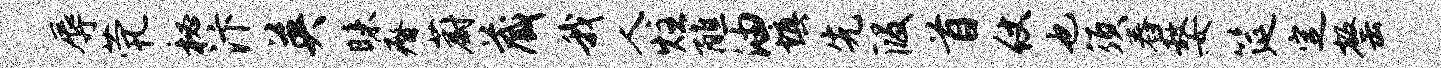
辱茕秘汴英昧瘠蔚藏我人炷醮油填先段首仗也须舂嫠筵定罄